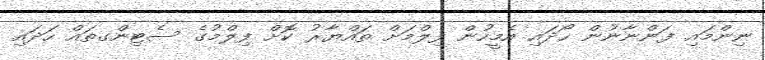
ނިންމައި ފަންނާނުން ހޯދައި އެމީހުން ފިލްމަށް ތައްޔާރު ކޮށް ފިލްމުގެ ސެޓިންގތައް ހަދައި